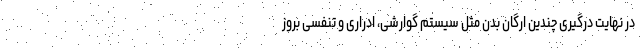
در نهایت درگیری چندین ارگان بدن مثل سیستم گوارشی، ادراری و تنفسی بروز